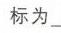
标为\_